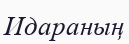
Идараның